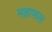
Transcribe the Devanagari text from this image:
महाफल